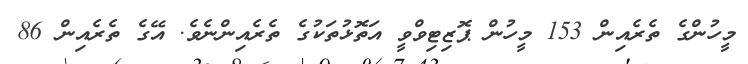
މީހުންގެ ތެރެއިން 153 މީހުން ޕޮޒިޓިވްވީ އަތޮޅުތަކުގެ ތެރެއިންނެވެ. އޭގެ ތެރެއިން 86